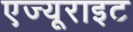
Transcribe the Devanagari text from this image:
एज्यूराइट